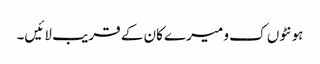
ہونٹوں ک و میرے کان کے قریب لائیں۔